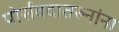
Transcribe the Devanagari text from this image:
पोर्सवदातरुनांना